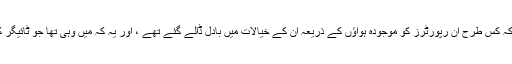
تب میں نے ایک بلاگ (نیچے لنک کیا ہوا) لکھا تھا کہ کس طرح ان رپورٹرز کو موجودہ ہواؤں کے ذریعہ ان کے خیالات میں بادل ڈالے گئے تھے ، اور یہ کہ میں وہی تھا جو ٹائیگر کا کیریئر ختم نہیں ہوا تھا اور وہ واقعی "واپس" ہو گا۔